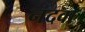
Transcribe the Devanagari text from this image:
नदवा